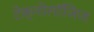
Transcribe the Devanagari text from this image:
टेक्नोलॉजिज